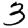
Digit: 3